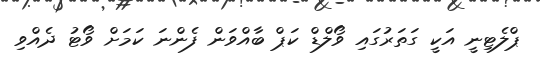
ޕްލެޓިނީ އަކީ ގަތަރުގައި ވޯލްޑް ކަޕް ބާއްވަން ފެންނަ ކަމަށް ވޯޓު ދެއްވި